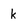
Character: k